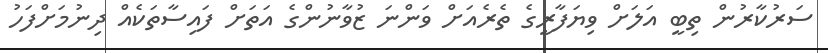
ސަރުކާރުން ތިބީ އަލަށް ވިޔަފާރީގެ ތެރެއަށް ވަންނަ ޒުވާނުންގެ އަތަށް ފައިސާތަކެއް ދިނުމަށްފަހު